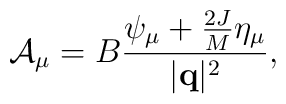
{\cal A}_\mu =B{\psi_\mu + {2 J \over M}\eta_\mu \over |{\bf q}|^2},